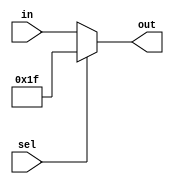
`timescale 1ns / 1ps
//////////////////////////////////////////////////////////////////////////////////
// Company: 
// Engineer: 
// 
// Design Name: 
// Module Name: SimpleMux31Reg
// Project Name: 
// Target Devices: 
// Tool Versions: 
// Description: 
// 
// Dependencies: 
// 
// Revision:
// Revision 0.01 - File Created
// Additional Comments:
// 
//////////////////////////////////////////////////////////////////////////////////


module SimpleMux31Reg(out, in, sel);
  
    input [4:0] in;
    input sel;
    output [4:0] out;
    /* Fill in the implementation here ... */ 
   assign  out = (sel==0)? in:31;     
endmodule